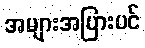
အများအပြားပင်